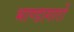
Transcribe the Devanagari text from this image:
भाण्डागारों